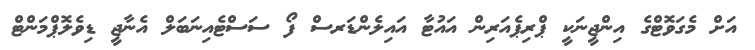
އަށް މެގަވޮޓްގެ އިންޖީނަކީ ޕްރިޕެއަރިން އައުޓާ އައިލެންޑަރސް ފޯ ސަސްޓެއިނަބަލް އެނާޖީ ޑިވެލޮޕްމަންޓް